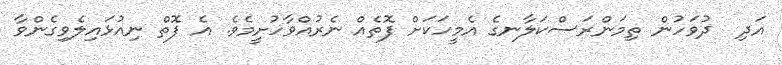
އަދި  ދުވަހުން ތިމަންރަސްކަލާނގެ އެމީހަކަށް ފޮތެއް ނެރުއްވާހުށީމެވެ. އެ ފޮތް ނިއުޅައިލެވިގެންވާ